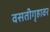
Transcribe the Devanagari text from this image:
वसतीगृहावर